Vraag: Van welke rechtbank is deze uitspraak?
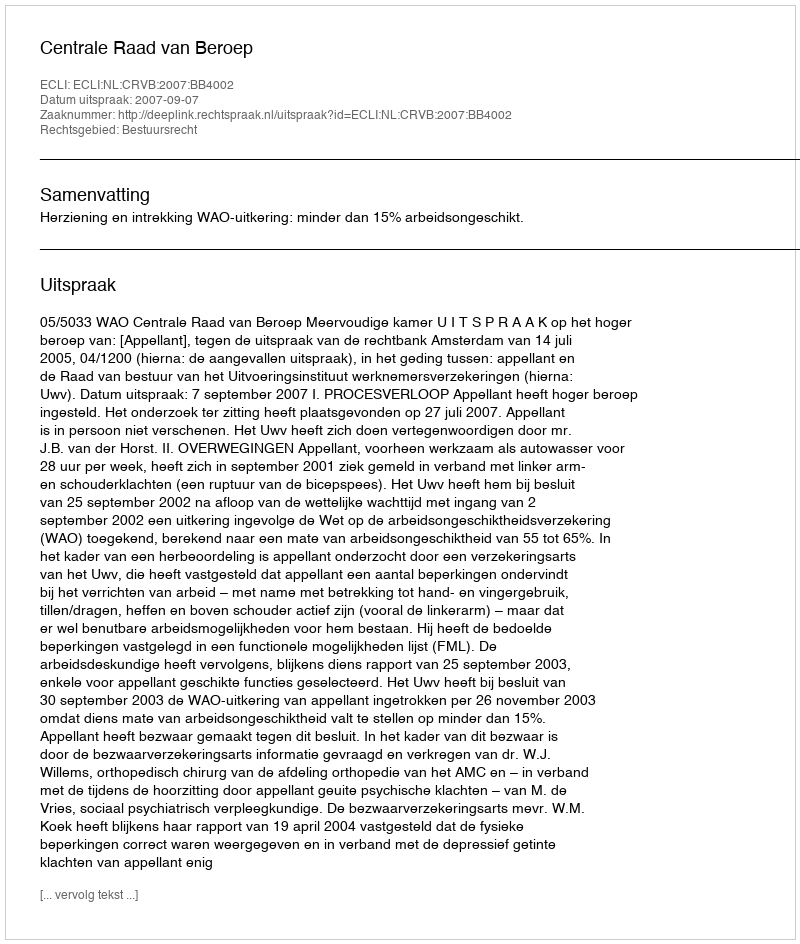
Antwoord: Centrale Raad van Beroep